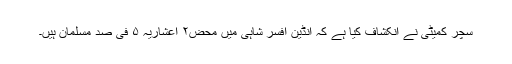
سچر کمیٹی نے انکشاف کیا ہے کہ انڈین افسر شاہی میں محض۲ اعشاریہ ۵ فی صد مسلمان ہیں۔